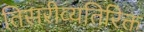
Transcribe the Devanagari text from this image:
तिसरीव्यतिरिक्त